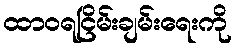
ထာဝရငြိမ်းချမ်းရေးကို